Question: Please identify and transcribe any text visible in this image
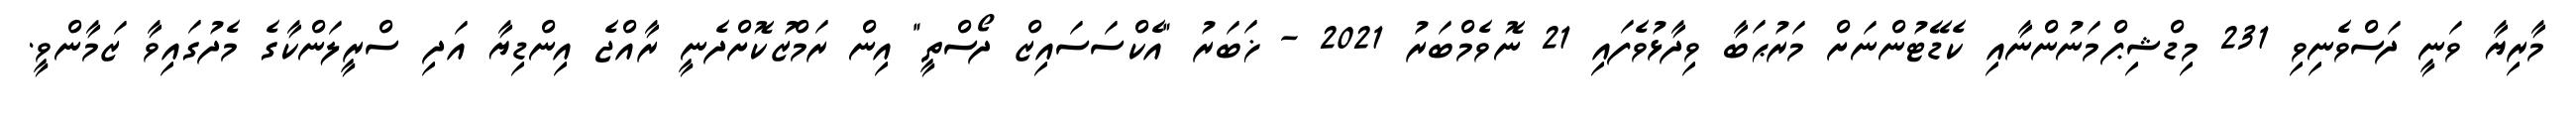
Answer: މާރިޔާ ވަނީ ދަސްވެނިވި 231 މިޑްޝިޕްމަނުންނާއި ކެޑޭޓުންނަށް މަރުޙަބާ ވިދާޅުވެފައި 21 ނޮވެމްބަރު 2021 - ޚަބަރު "އެކްސަސައިޒް ދޯސްތީ" އިން ރަމްޒުކޮށްދެނީ ރާއްޖެ އިންޑިޔާ އަދި ސްރީލަންކާގެ މެދުގައިވާ ޒަމާންވީ.